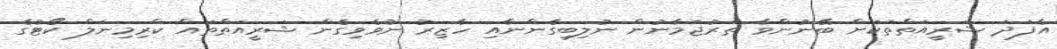
އެފަދަ ޝަރީއަތްތަކަށް ބޭނުންވާ ތަރުޖަމާނުން ނުލިބިގެންނާއި ހާޒިރު ނުވެވިގެން ޝަރީއަތްތައް ކްރިމިނަލް ކޯޓުގެ